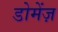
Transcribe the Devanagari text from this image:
डोमेंज़